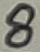
Text: 8